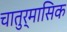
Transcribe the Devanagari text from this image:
चातुर्मासिक